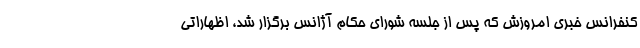
کنفرانس خبری امروزش که پس از جلسه شورای حکام آژانس برگزار شد، اظهاراتی